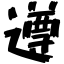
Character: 遵